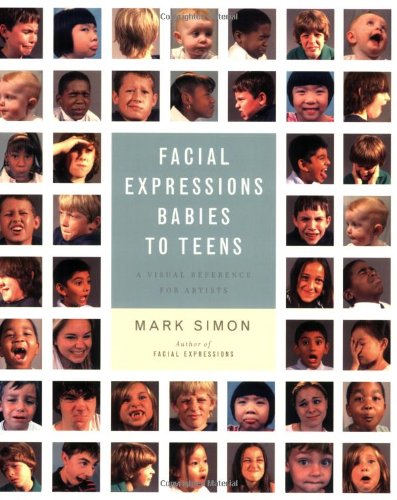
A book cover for Facial Expressions Babies to Teens: A Visual Reference for Artists; Mark Simon; Arts & Photography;